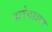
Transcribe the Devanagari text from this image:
दातेगडावर